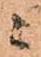
ニ